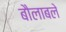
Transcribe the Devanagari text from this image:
बौलाबले